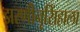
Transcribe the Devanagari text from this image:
झरणीनृसिंहाला